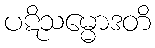
ပဋိသမ္မောဒတိ